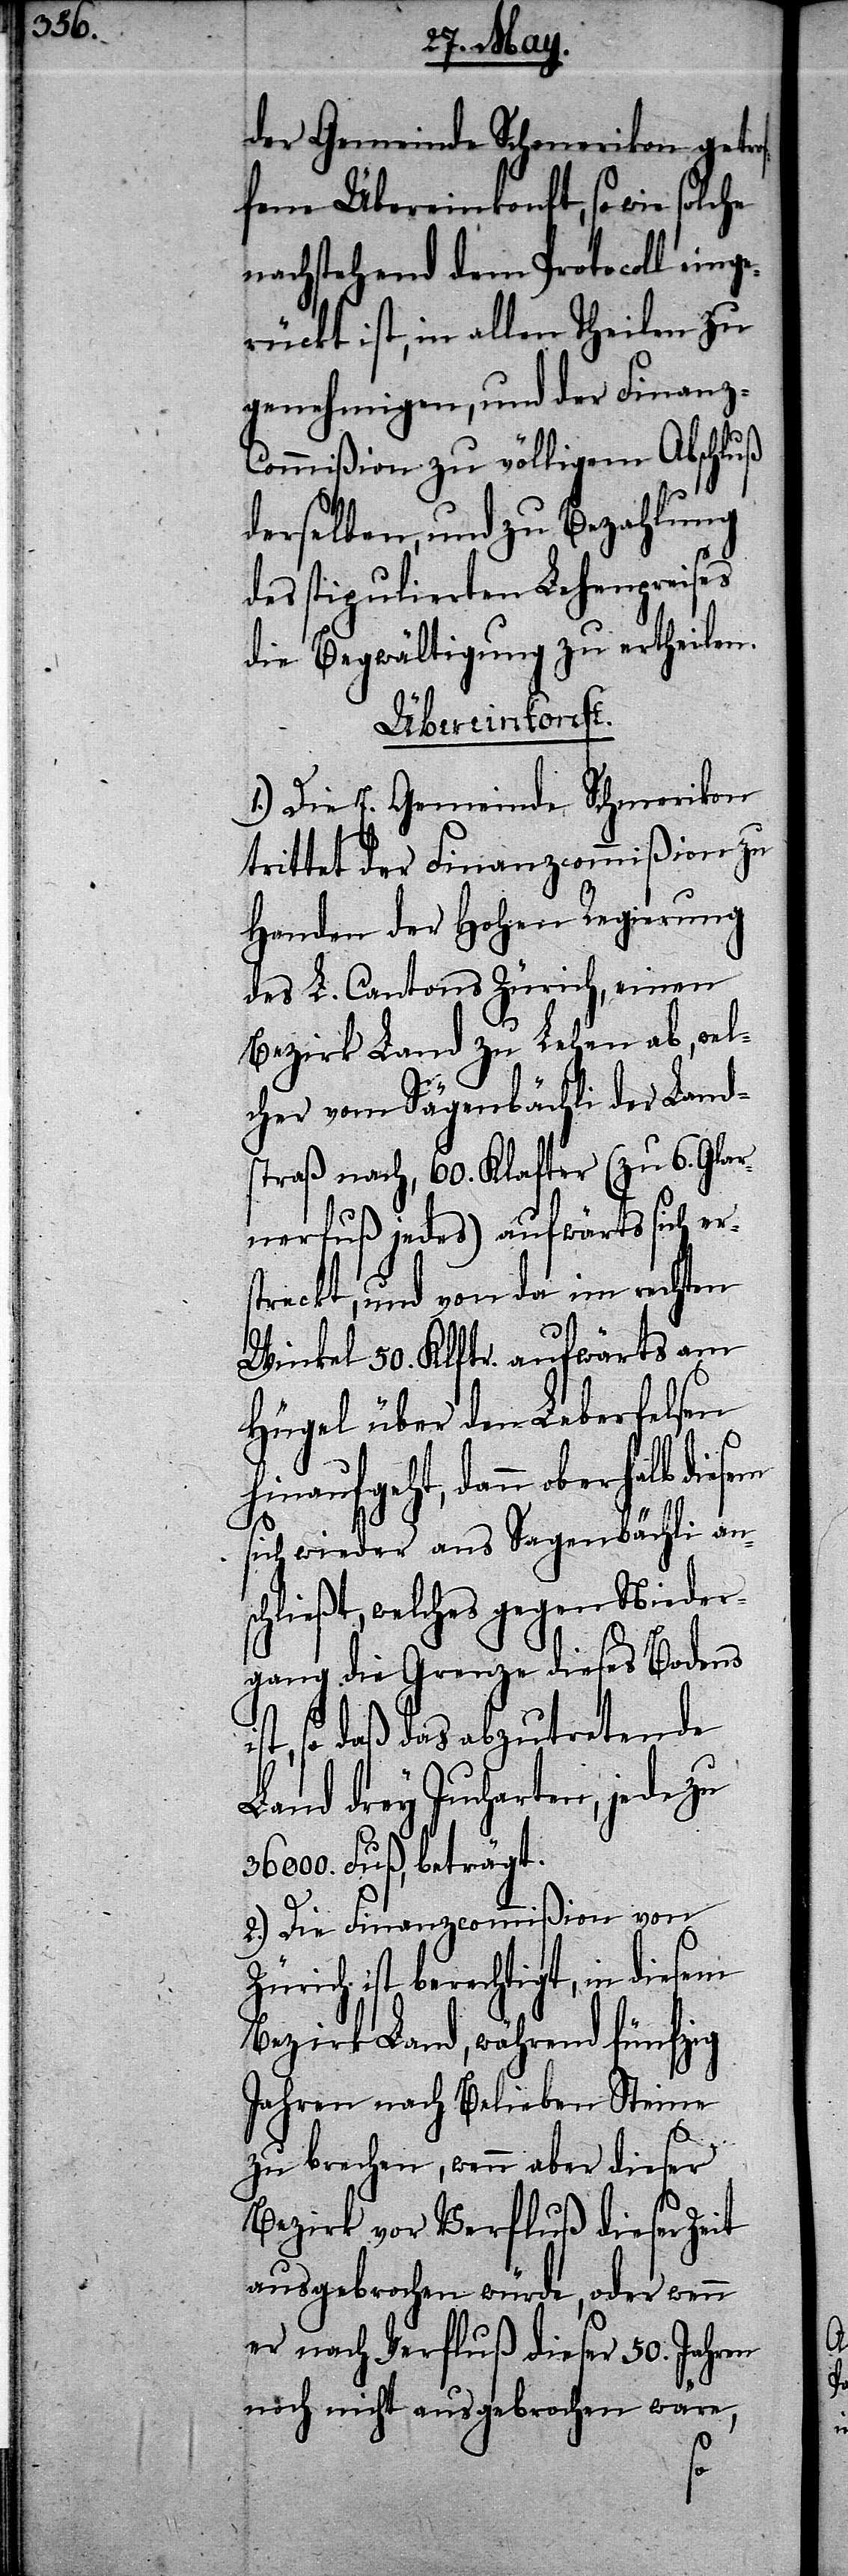
em
der Gemeinde Schmerikon getr¬
fene Übereinkonft, so wie solche
nachstehend dem Protocoll einge¬
rückt ist, in allen Theilen zu
genehmigen, und der Finanz-C¬
ommißion zu völligem Abschluß
derselben, und zu Bezahlung
des stipulierten Lehenspreises
die Begwältigung zu ertheilen.
Übereinkonft.
1.) Die E. Gemeinde Schmerikon
trittet der Finanzcommißion zu
Handen der Hohen Regierung
des L. Cantons Zürich, einen
Bezirk Land zu Lehen ab, wel¬
cher vom Sägenbächli der Land¬
straß nach, 60. Klafter (zu 6. Glar¬
nerfuß jedes) aufwärts sich er¬
streckt, und von da im rechten
Winkel 50. Klftr. aufwärts am
Hügel über den Leberfelsen
hinaufgeht, dann oberhalb dies¬
sich wieder ans Sagenbächli an¬
schließt, welches gegen Nieder¬
gang die Grenze dieses Bodens
so daß das abzutretende
Land drey Jucharten, jede zu
36000. Fuß, beträgt.
2.) Die Finanzcommißion von
Zürich ist berechtigt, in diesem
Bezirk Land, während fünfzig
Jahren nach Belieben Steine
zu brechen, wenn aber dieser
Bezirk vor Verfluß dieser Zeit
ausgebrochen würde, oder wenn
er nach Verfluß dieser 50. Jahren
noch nicht ausgebrochen wäre,